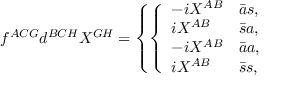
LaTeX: f ^ { A C G } d ^ { B C H } { \cal X } ^ { G H } = \left\{ \left\{ \begin{array} { l l } { { - i { \cal X } ^ { A B } } } & { { { \bar { a } s } , } } \\ { { i { \cal X } ^ { A B } } } & { { { \bar { s } a } , } } \\ { { - i { \cal X } ^ { A B } } } & { { { \bar { a } a } , } } \\ { { i { \cal X } ^ { A B } } } & { { { \bar { s } s } , } } \end{array} \right. \right.